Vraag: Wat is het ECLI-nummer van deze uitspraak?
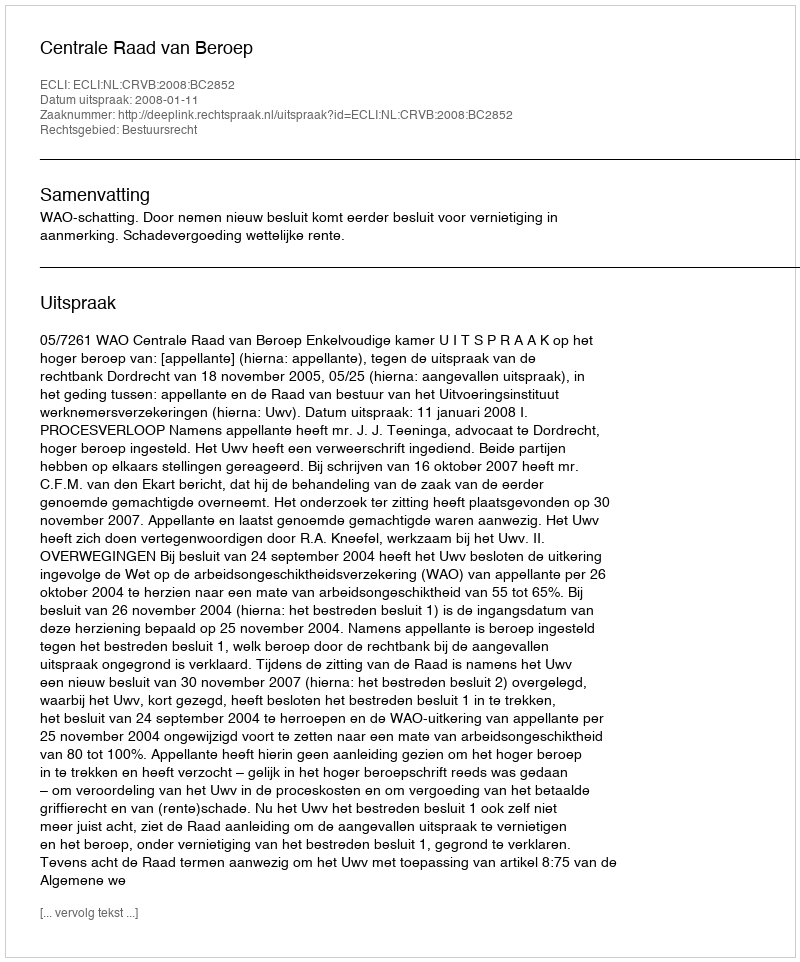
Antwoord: ECLI:NL:CRVB:2008:BC2852